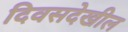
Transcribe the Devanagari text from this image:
दिवसदेखील